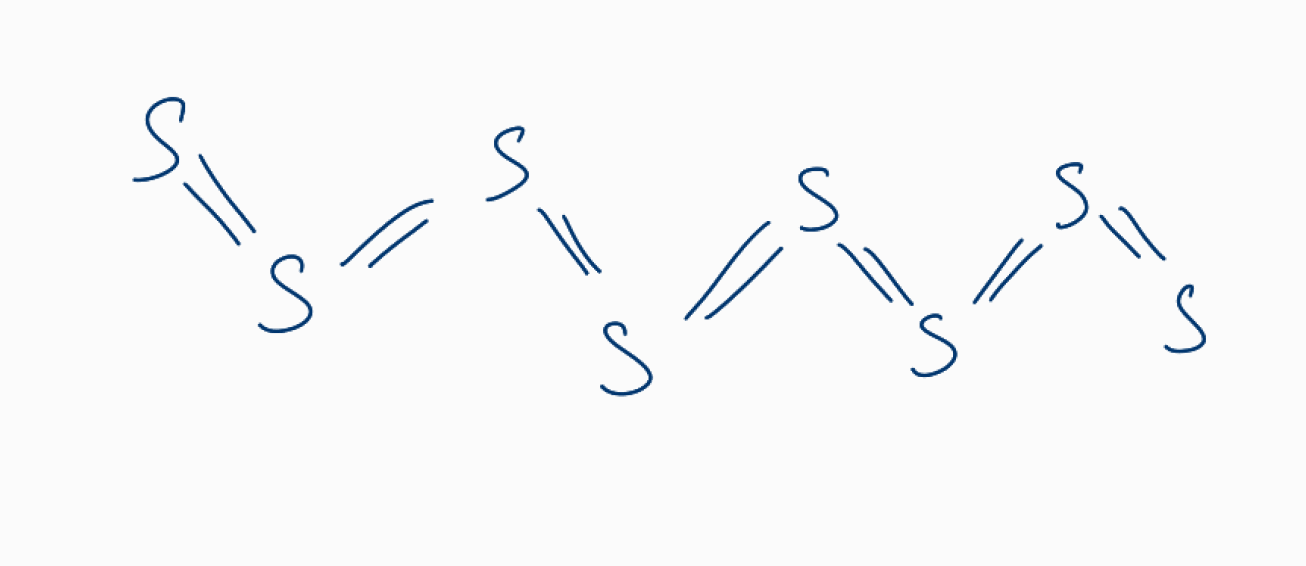
Simplified molecular-input line-entry system (SMILES) notation of the given molecule:
S=S=S=S=S=S=S=S